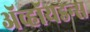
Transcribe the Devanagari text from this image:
ॲव्हॉयडन्स